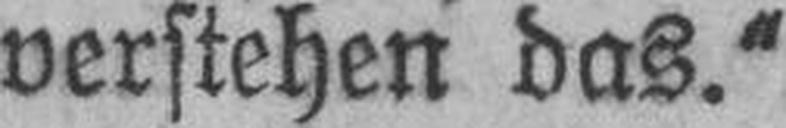
verstehen das.“